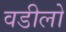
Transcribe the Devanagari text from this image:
वडीलो